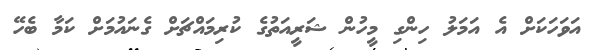
އަވަހަކަށް އެ އަމަލު ހިންގި މީހުން ޝަރީއަތުގެ ކުރިމައްޗަށް ގެނައުމަށް ކަމާ ބެހޭ